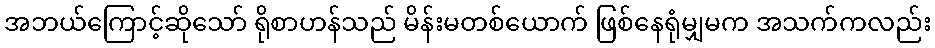
အဘယ်ကြောင့်ဆိုသော် ရိုစာဟန်သည် မိန်းမတစ်ယောက် ဖြစ်နေရုံမျှမက အသက်ကလည်း